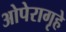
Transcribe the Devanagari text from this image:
ओपेरागृहे